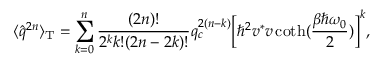
\langle \hat { q } ^ { 2 n } \rangle _ { \mathrm { T } } = \sum _ { k = 0 } ^ { n } \frac { ( 2 n ) ! } { 2 ^ { k } k ! ( 2 n - 2 k ) ! } q _ { c } ^ { 2 ( n - k ) } \Bigl [ \hbar ^ { 2 } v ^ { * } v \coth ( \frac { \beta \hbar \omega _ { 0 } } { 2 } ) \Bigr ] ^ { k } ,